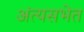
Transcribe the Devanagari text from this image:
अंत्यसभेत